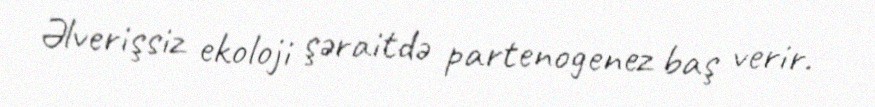
Əlverişsiz ekoloji şəraitdə partenogenez baş verir.